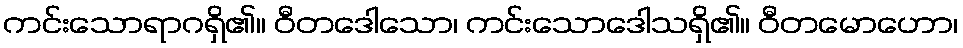
ကင်းသောရာဂရှိ၏။ ဝီတဒေါသော၊ ကင်းသောဒေါသရှိ၏။ ဝီတမောဟော၊